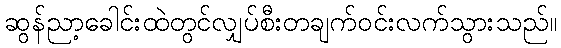
ဆွန်ညာ့ခေါင်းထဲတွင်လျှပ်စီးတချက်ဝင်းလက်သွားသည်။